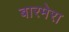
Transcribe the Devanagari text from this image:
बारमेरा